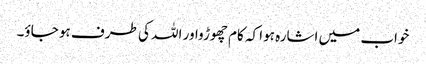
خواب میں اشارہ ہوا کہ کام چھوڑواور اللہ کی طرف ہو جاؤ۔